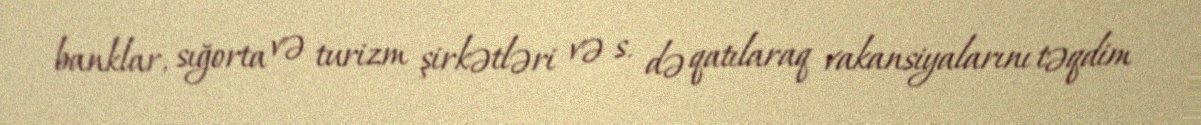
banklar, sığorta və turizm şirkətləri və s. də qatılaraq vakansiyalarını təqdim